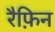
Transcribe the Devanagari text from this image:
रैफ़िन